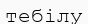
тебілу